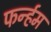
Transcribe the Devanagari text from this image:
फर्न्हम